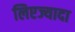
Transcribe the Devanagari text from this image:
लिएज्यादा